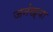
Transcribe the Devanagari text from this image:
जनंख्या